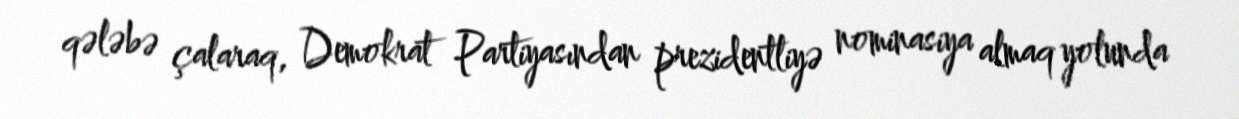
qələbə çalaraq, Demokrat Partiyasından prezidentliyə nominasiya almaq yolunda